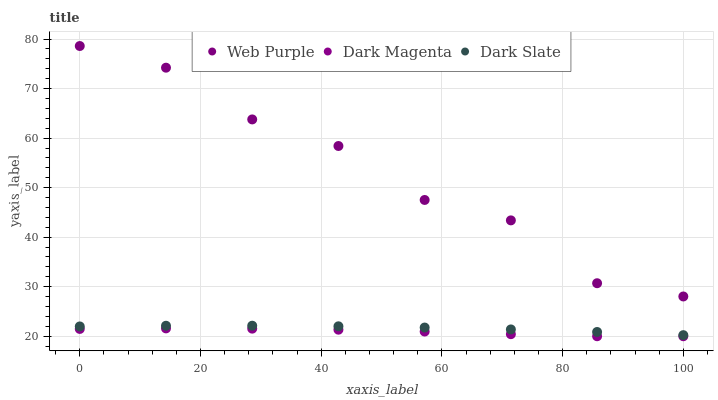
| xaxis_label | Web Purple | Dark Magenta | Dark Slate |
 | --- | --- | --- | --- |
 | 0 | 78.6 | 21.5 | 22 |
 | 14.3 | 74.2 | 21.6 | 22.1 |
 | 28.6 | 63.8 | 21.5 | 22.1 |
 | 42.9 | 58.4 | 21.3 | 22 |
 | 57.1 | 47.5 | 21 | 21.8 |
 | 71.4 | 43.4 | 20.4 | 21.4 |
 | 85.7 | 30.7 | 20 | 20.9 |
 | 100 | 28 | 20 | 20.2 |